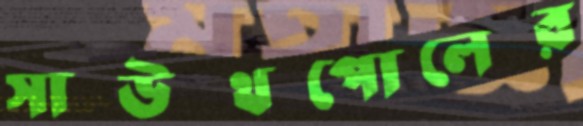
সাউথপোলের